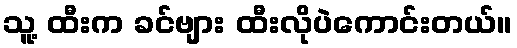
သူ့ ထီးက ခင်ဗျား ထီးလိုပဲကောင်းတယ်။